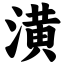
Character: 潢